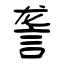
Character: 詟